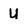
Character: U